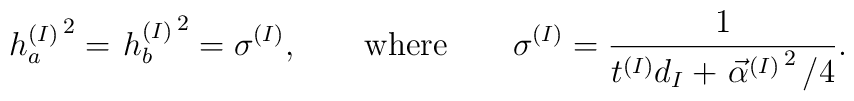
\left.h_a^{(I)}\right.^2=   \left.h_b^{(I)}\right.^2=   \sigma^{(I)},\qquad   \mbox{where}\qquad   \sigma^{(I)}=   \frac{1}{t^{(I)}d_I+\left.\vec\alpha^{(I)}\right.^2/4}.